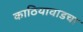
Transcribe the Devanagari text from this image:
काठियावाडचा